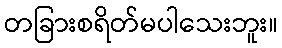
တခြားစရိတ်မပါသေးဘူး။